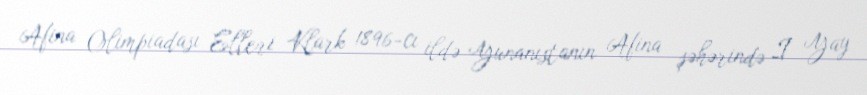
Afina Olimpiadası Elleri Klark 1896-cı ildə Yunanıstanın Afina şəhərində I Yay